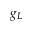
g _ { L }